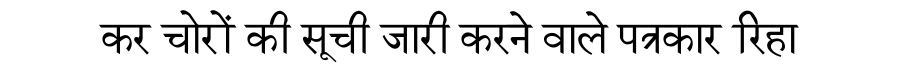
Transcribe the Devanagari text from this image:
कर चोरों की सूची जारी करने वाले पत्रकार रिहा